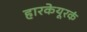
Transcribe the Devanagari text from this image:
हारकेयूरकं